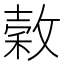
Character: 𭤄